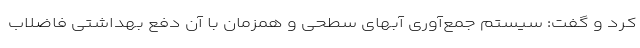
کرد و گفت: سیستم جمع‌آوری آبهای سطحی و همزمان با آن دفع بهداشتی فاضلاب